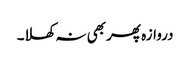
دروازہ پھر بھی نہ کھلا۔